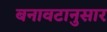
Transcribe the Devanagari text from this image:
बनावटानुसार